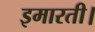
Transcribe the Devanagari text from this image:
इमारती।